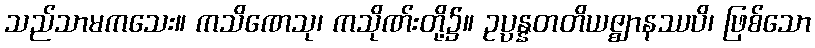
သည်သာမကသေး။ ကသိဏေသု၊ ကသိုဏ်းတို့၌။ ဥပ္ပန္နတတိယဇ္ဈာနဿပိ၊ ဖြစ်သော